Vital statistics of India. Vol. VI, European troops 1870-79
Year: 1870
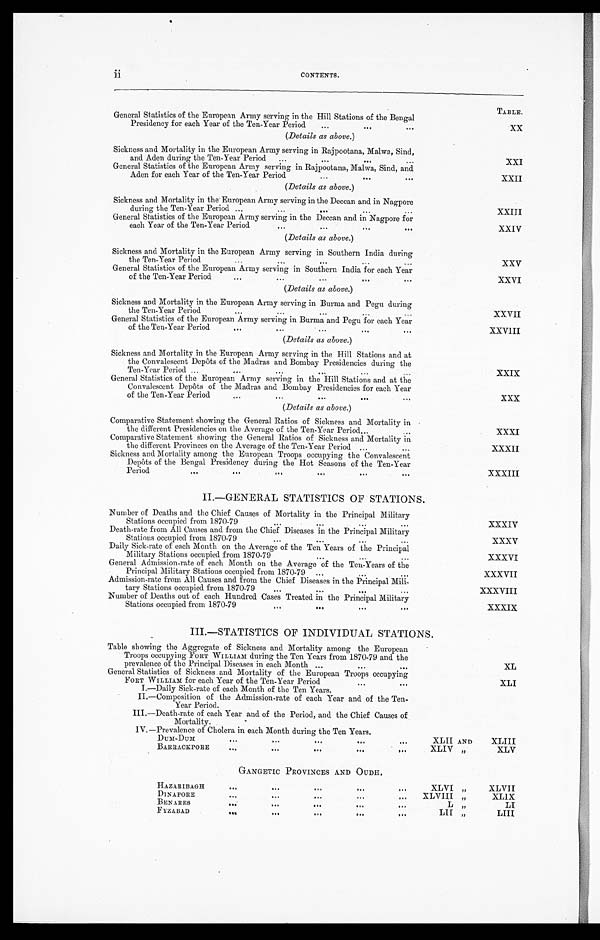
TABLE.
General Statistics of the European Army serving in the Hill Stations of the Bengal
Presidency for each Year of the Ten-Year Period.
...
.
.. .
XX
(Details as above. )
Sickness and Mortality in the European Army serving in Rajpootana, Malwa, Sind,
and Aden during the Ten-Year Period
...
...
...
...
XXI
General Statistics of the European Army serving in Rajpootana, Malwa, Sind, and
Aden for each Year of the Ten-Year Period
...
...
...
XXII
( Details as above. )
Sickness and Mortality in the European Army serving in the Deccan and in Nagpore
during the Ten-Year Period ...
... ... ...
...
XXIII
General Statistics of the European Army serving in the Deccan and in Nagpore for
each Year of the Ten-Year Period
...
...
... ...
XXIV
(Details as above. )
Sickness and Mortality in the European Army serving in Southern India during
the Ten-Year Period
... ...
...
...
...
XXV
General Statistics of the European Army serving in Southern India for each Year
of the Ten-Year Period
... ...
...
... ...
XXVI
(Details as above. )
Sickness and Mortality in the European Army serving in Burma and Pegu during
the Ten-Year Period
...
...
...
...
...
XXVII
General Statistics of the European Army serving in Burma and Pegu for each Year
of the Ten-Year Period
... ...
...
...
...
XXVIII
(Details as above. )
S i c k n e s s a n d M o r t a l i t y i n t h e E u r o p e a n A r m y s e r v i n g i n t h e H i l l S t a t i o n s a n d a t
the Convalescent Depôts of the Madras and Bombay Presidencies during the
Ten-Year Period ...
...
...
...
... ...
XXIX
General Statistics of the European Army serving in the Hill Stations and at the
Convalescent Depôts of the Madras and Bombay Presidencies for each Year
of the Ten-Year Period
... ...
...
...
. . .
XXX
(Details as above. )
Comparative Statement showing the General Ratios of Sickness and Mortality in
the different Presidencies on the Average of the Ten-Year Period...
...
XXXI
Comparative Statement showing the General Ratios of Sickness and Mortality in
the different Provinces on the Average of the Ten-Year Period
...
XXXII
Sickness and Mortality among the European Troops occupying the Convalescent
Depôts of the Bengal Presidency during the Hot Seasons of the Ten-Year
Period
... ...
...
...
...
. . .
X X X I I I
II.—GENERAL STATISTICS OF STATIONS.
Number of Deaths and the Chief Causes of Mortality in the Principal Military
Stations occupied from 1870-79...
...
...
...
XXXIV
Death-rate from All Causes and from the Chief Diseases in the Principal Military
Stations occupied from 1870-79
...
...
...
...
XXXV
Daily Sick-rate of each Month on the Average of the Ten Years of the Principal
Military Stations occupied from 1870-79
...
...
—
XXXVI
General Admission-rate of each Month on the Average of the Ten-Years of the
Principal Military Stations occupied from 1870-79
—
...
...
XXXVII
Admission-rate from All Causes and from the Chief Diseases in the Principal Mili-
tary Stations occupied from 1870-79
...
...
...
. . .
XXXVIII
Number of Deaths out of each Hundred Cases Treated in the Principal Military
Stations occupied from 1870-79
...
...
... ...
XXXIX
III.—STATISTICS OF INDIVIDUAL STATIONS.
Table showing the Aggregate of Sickness and Mortality among the European
Troops occupying FORT WILLIAM during the Ten Years from 1870-79 and the
prevalence of the Principal Diseases in each Month ...
...
...
XL
General Statistics ofSickness and Mortality of the European Troops occupying
FORT WILLIAM for each Year ofthe Ten-Year Period...
. . .
X L I
I.—Daily Sick-rate of each Month ofthe Ten Years.
II.—Composition of the Admission-rate of each Year and of the Ten-
Year Period.
III.—Death-rate of each Year and of the Period, and the Chief Causes of
Mortality.
IV.—Prevalence of Cholera in each Month during the Ten Years.
DUM-DUM ... ...
...
...
...
XLII AND
XLIII
BARRACKPORE
...
...
... ...
. . .
XLIV ,,
XLV
G A N G E T I C P R O V I N C E S A N D O U D H .
HAZARIBAGH
...
... ...
...
. . .
XLVI ,,
XLVII
DINAPORE
... ...
...
. . .
XLVIII , ,
XLIX
BENARES
...
...
...
...
. . .
L , ,
LI
FYZABAD
...
...
...
...
...
LII ,,
LIII